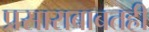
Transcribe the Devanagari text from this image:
प्रसाराबाबतही